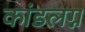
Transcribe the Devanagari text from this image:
कांडलग्न